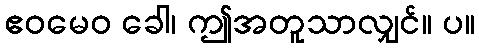
ဧဝမေဝ ခေါ၊ ဤအတူသာလျှင်။ ပ။